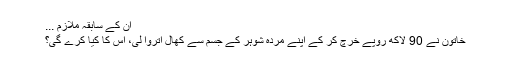
ان کے سابقہ ملازم ...
خاتون نے 90 لاکھ روپے خرچ کر کے اپنے مردہ شوہر کے جسم سے کھال اُتروا لی، اس کا کیا کرے گی؟